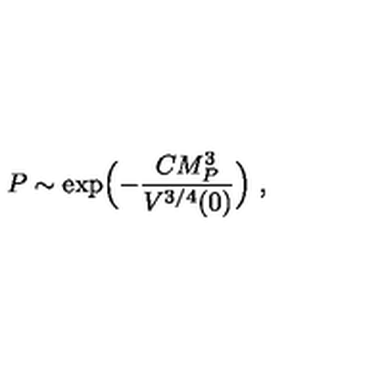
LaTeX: P \sim \exp \Bigl ( - { \frac { C M _ { P } ^ { 3 } } { V ^ { 3 / 4 } ( 0 ) } } \Bigr ) \ ,